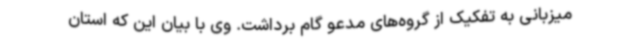
میزبانی به تفکیک از گروه‌های مدعو گام برداشت. وی با بیان این که استان